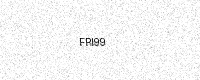
Text: FRI99